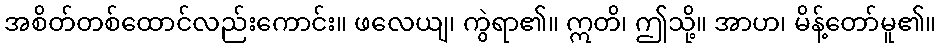
အစိတ်တစ်ထောင်လည်းကောင်း။ ဖလေယျ၊ ကွဲရာ၏။ ဣတိ၊ ဤသို့။ အာဟ၊ မိန့်တော်မူ၏။